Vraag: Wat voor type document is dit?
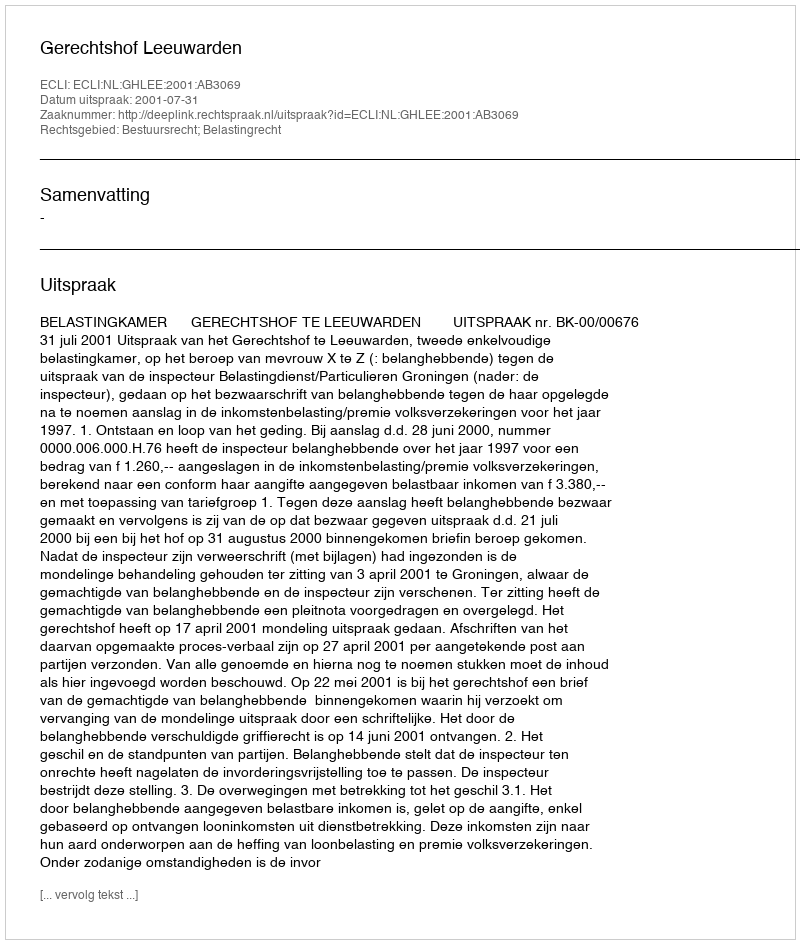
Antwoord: Uitspraak